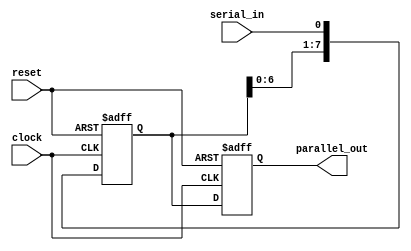
module serial_in_parallel_out_register (
    input clock,
    input reset,
    input serial_in,
    output reg [7:0] parallel_out
);

reg [7:0] data_reg;
reg [7:0] shift_reg;

always @(posedge clock or posedge reset) begin
    if (reset) begin
        data_reg <= 8'b0;
        shift_reg <= 8'b0;
    end else begin
        data_reg <= {data_reg[6:0], serial_in};
        shift_reg <= data_reg;
    end
end

assign parallel_out = shift_reg;

endmodule